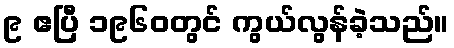
၉ ဧပြီ ၁၉၆၀တွင် ကွယ်လွန်ခဲ့သည်။